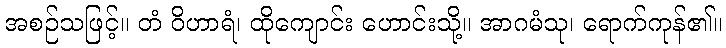
အစဉ်သဖြင့်။ တံ ဝိဟာရံ၊ ထိုကျောင်း ဟောင်းသို့။ အာဂမံသု၊ ရောက်ကုန်၏။